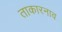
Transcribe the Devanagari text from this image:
ताकारनाव